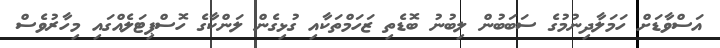
އަސްވާޑަށް ހަމަލާދިނުމުގެ ސަބަބުން ލިބުނު ބޮޑެތި ޒަހަމްތަކާއި ގުޅިގެން ލަންކާގެ ހޮސްޕިޓަލެއްގައި މިހާރުވެސް